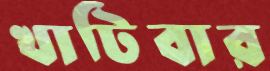
খাটিবার